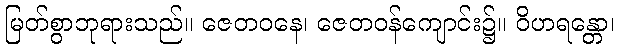
မြတ်စွာဘုရားသည်။ ဇေတဝနေ၊ ဇေတဝန်ကျောင်း၌။ ဝိဟရန္တော၊